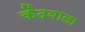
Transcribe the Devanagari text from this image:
कैदवाला